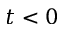
t < 0